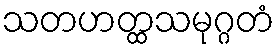
သတဟတ္ထသမုဂ္ဂတံ